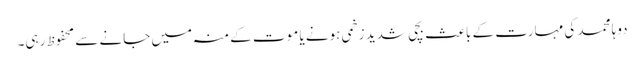
دوہا محمد کی مہارت کے باعث بچی شدید زخمی ہونے یا موت کے منہ میں جانے سے محفوظ رہی۔